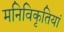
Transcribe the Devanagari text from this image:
मनिविकृतियां